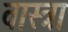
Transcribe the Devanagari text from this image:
वास्त्रा